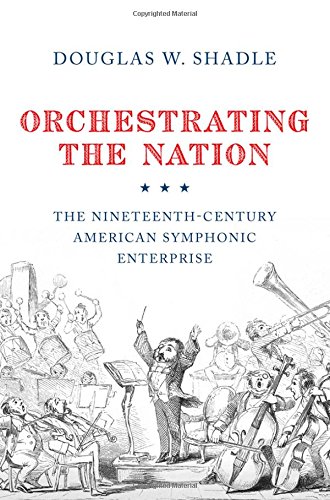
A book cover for Orchestrating the Nation: The Nineteenth-Century American Symphonic Enterprise; Douglas Shadle; Arts & Photography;